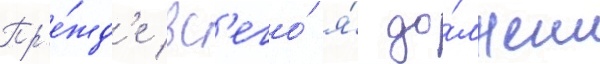
Пр'е́жд'е вс'его́ я́ до́лжен